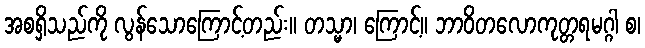
အစရှိသည်ကို လွန်သောကြောင့်တည်း။ တသ္မာ၊ ကြောင့်။ ဘာဝိတလောကုတ္တရမဂ္ဂါ စ၊